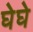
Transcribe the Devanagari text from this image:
घेघे